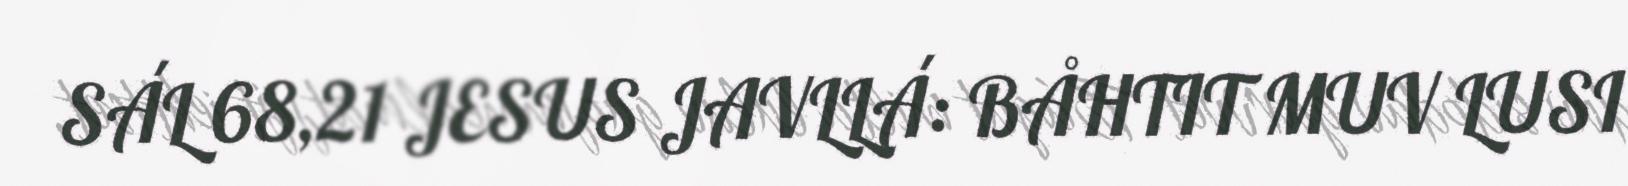
SÁL 68,21 JESUS JAVLLÁ: BÅHTIT MUV LUSI